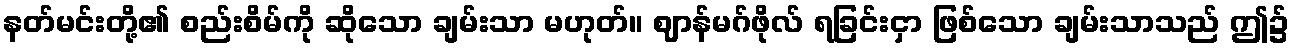
နတ်မင်းတို့၏ စည်းစိမ်ကို ဆိုသော ချမ်းသာ မဟုတ်။ ဈာန်မဂ်ဖိုလ် ရခြင်းငှာ ဖြစ်သော ချမ်းသာသည် ဤ၌